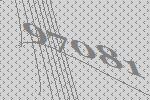
97081